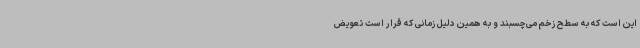
این است که به سطح زخم می‌چسبند و به همین دلیل زمانی که قرار است تعویض